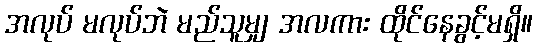
အလုပ် မလုပ်ဘဲ မည်သူမျှ အလကား ထိုင်နေခွင့်မရှိ။